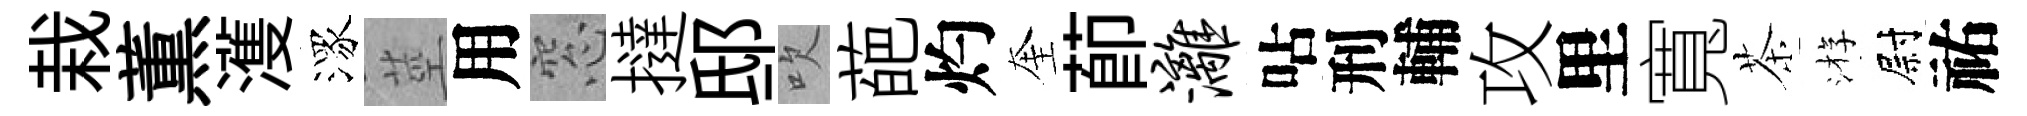
栽薫濩潈莖用窓撻邸吹葩灼奎莭漓呫刑輔攻里寬茶㳺尉祐